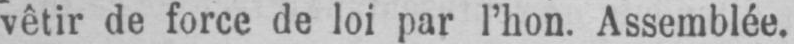
vêtir de force de loi par l’hon. Assemblée.